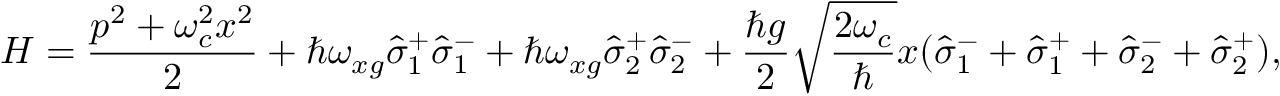
H = \frac { p ^ { 2 } + \omega _ { c } ^ { 2 } x ^ { 2 } } { 2 } + \hbar \omega _ { x g } \hat { \sigma } _ { 1 } ^ { + } \hat { \sigma } _ { 1 } ^ { - } + \hbar \omega _ { x g } \hat { \sigma } _ { 2 } ^ { + } \hat { \sigma } _ { 2 } ^ { - } + \frac { \hbar g } { 2 } \sqrt { \frac { 2 \omega _ { c } } { \hbar } } x ( \hat { \sigma } _ { 1 } ^ { - } + \hat { \sigma } _ { 1 } ^ { + } + \hat { \sigma } _ { 2 } ^ { - } + \hat { \sigma } _ { 2 } ^ { + } ) ,